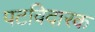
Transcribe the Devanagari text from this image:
पटविदारक